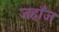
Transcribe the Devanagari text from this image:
जहाँज